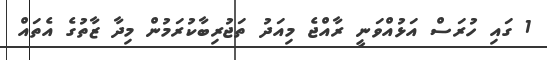
1 ގައި ހުރަސް އަޅުއްވަނީ ރާއްޖެ މިއަދު ތަޖުރިބާކުރަމުން މިދާ ޒާތުގެ އެތައް